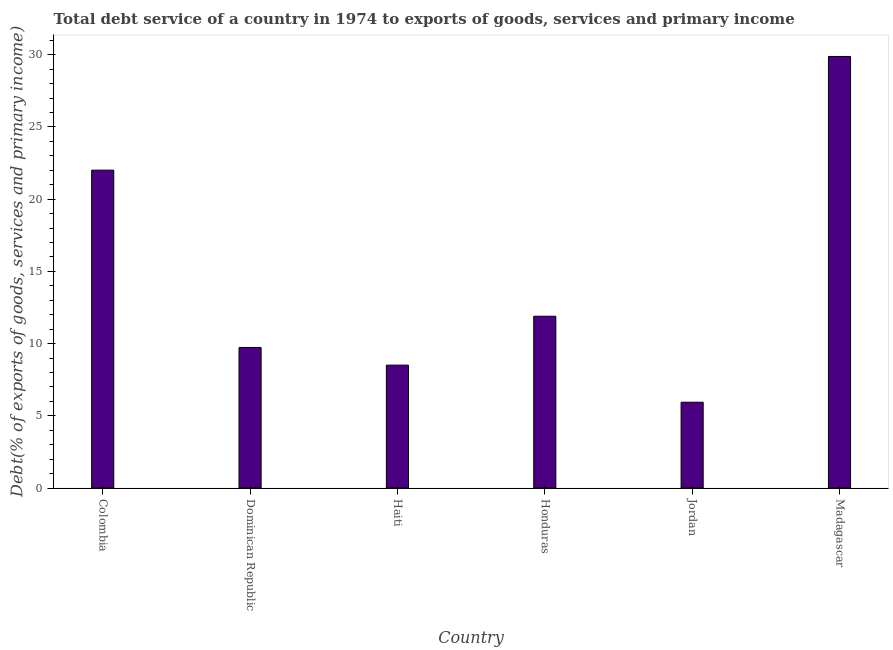
| Country | Total debt service |
 | --- | --- |
 | Colombia | 22 |
 | Dominican Republic | 9.74 |
 | Haiti | 8.51 |
 | Honduras | 11.9 |
 | Jordan | 5.94 |
 | Madagascar | 29.9 |